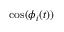
\cos ( \phi _ { i } ( t ) )